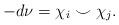
\begin{align*}-d\nu = \chi_i \smile \chi_j.\end{align*}